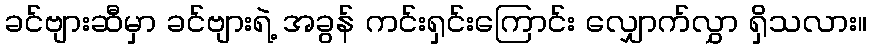
ခင်ဗျားဆီမှာ ခင်ဗျားရဲ့ အခွန် ကင်းရှင်းကြောင်း လျှောက်လွှာ ရှိသလား။